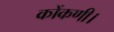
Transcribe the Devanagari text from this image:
कोंकणी।